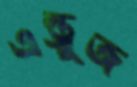
এন্ড্রুজ